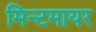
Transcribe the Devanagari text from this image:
मिन्टमायर